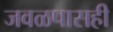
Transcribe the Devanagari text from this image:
जवळपासही